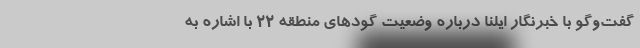
گفت‌وگو با خبرنگار ایلنا درباره وضعیت گودهای منطقه ۲۲ با اشاره به